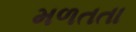
મળતતા